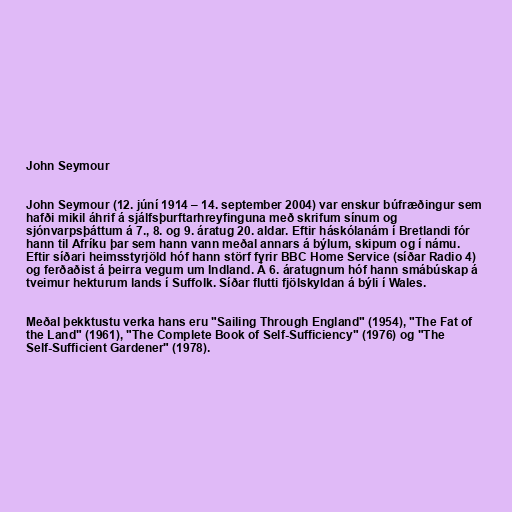
John Seymour

John Seymour (12. júní 1914 – 14. september 2004) var enskur búfræðingur sem
hafði mikil áhrif á sjálfsþurftarhreyfinguna með skrifum sínum og
sjónvarpsþáttum á 7., 8. og 9. áratug 20. aldar. Eftir háskólanám í Bretlandi fór
hann til Afríku þar sem hann vann meðal annars á býlum, skipum og í námu.
Eftir síðari heimsstyrjöld hóf hann störf fyrir BBC Home Service (síðar Radio 4)
og ferðaðist á þeirra vegum um Indland. Á 6. áratugnum hóf hann smábúskap á
tveimur hekturum lands í Suffolk. Síðar flutti fjölskyldan á býli í Wales.

Meðal þekktustu verka hans eru "Sailing Through England" (1954), "The Fat of
the Land" (1961), "The Complete Book of Self-Sufficiency" (1976) og "The
Self-Sufficient Gardener" (1978).